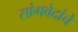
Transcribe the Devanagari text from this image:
सांगवेदांचे